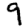
Digit: 9